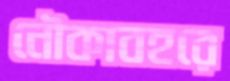
নৌকাবহরে